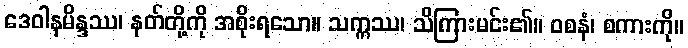
ဒေဝါနမိန္ဒဿ၊ နတ်တို့ကို အစိုးရသော။ သက္ကဿ၊ သိကြားမင်း၏။ ဝစနံ၊ စကားကို။